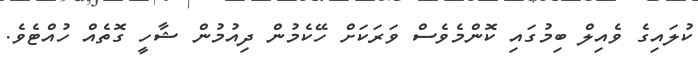
ކުލައިގެ ވެއިލް ބިމުގައި ކޮންމެވެސް ވަރަކަށް ހޭކެމުން ދިއުމުން ޝާހީ ގޮތެއް ހުއްޓެވެ.